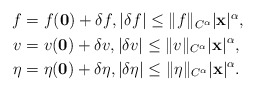
\begin{align*}\begin{aligned}f&=f(\mathbf 0)+\delta f,\vert \delta f \vert \leq \|f\|_{C^\alpha}\vert \mathbf x \vert ^\alpha,\\v&=v(\mathbf 0)+\delta v,\vert \delta v \vert \leq \|v\|_{C^\alpha}\vert \mathbf x \vert ^\alpha,\\\eta&=\eta(\mathbf 0)+\delta \eta, \vert \delta \eta\vert \leq \|\eta\|_{C^\alpha}\vert \mathbf x\vert ^\alpha.\end{aligned}\end{align*}